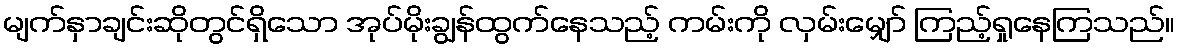
မျက်နှာချင်းဆိုတွင်ရှိသော အုပ်မိုးချွန်ထွက်နေသည့် ကမ်းကို လှမ်းမျှော် ကြည့်ရှုနေကြသည်။